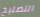
التصليح